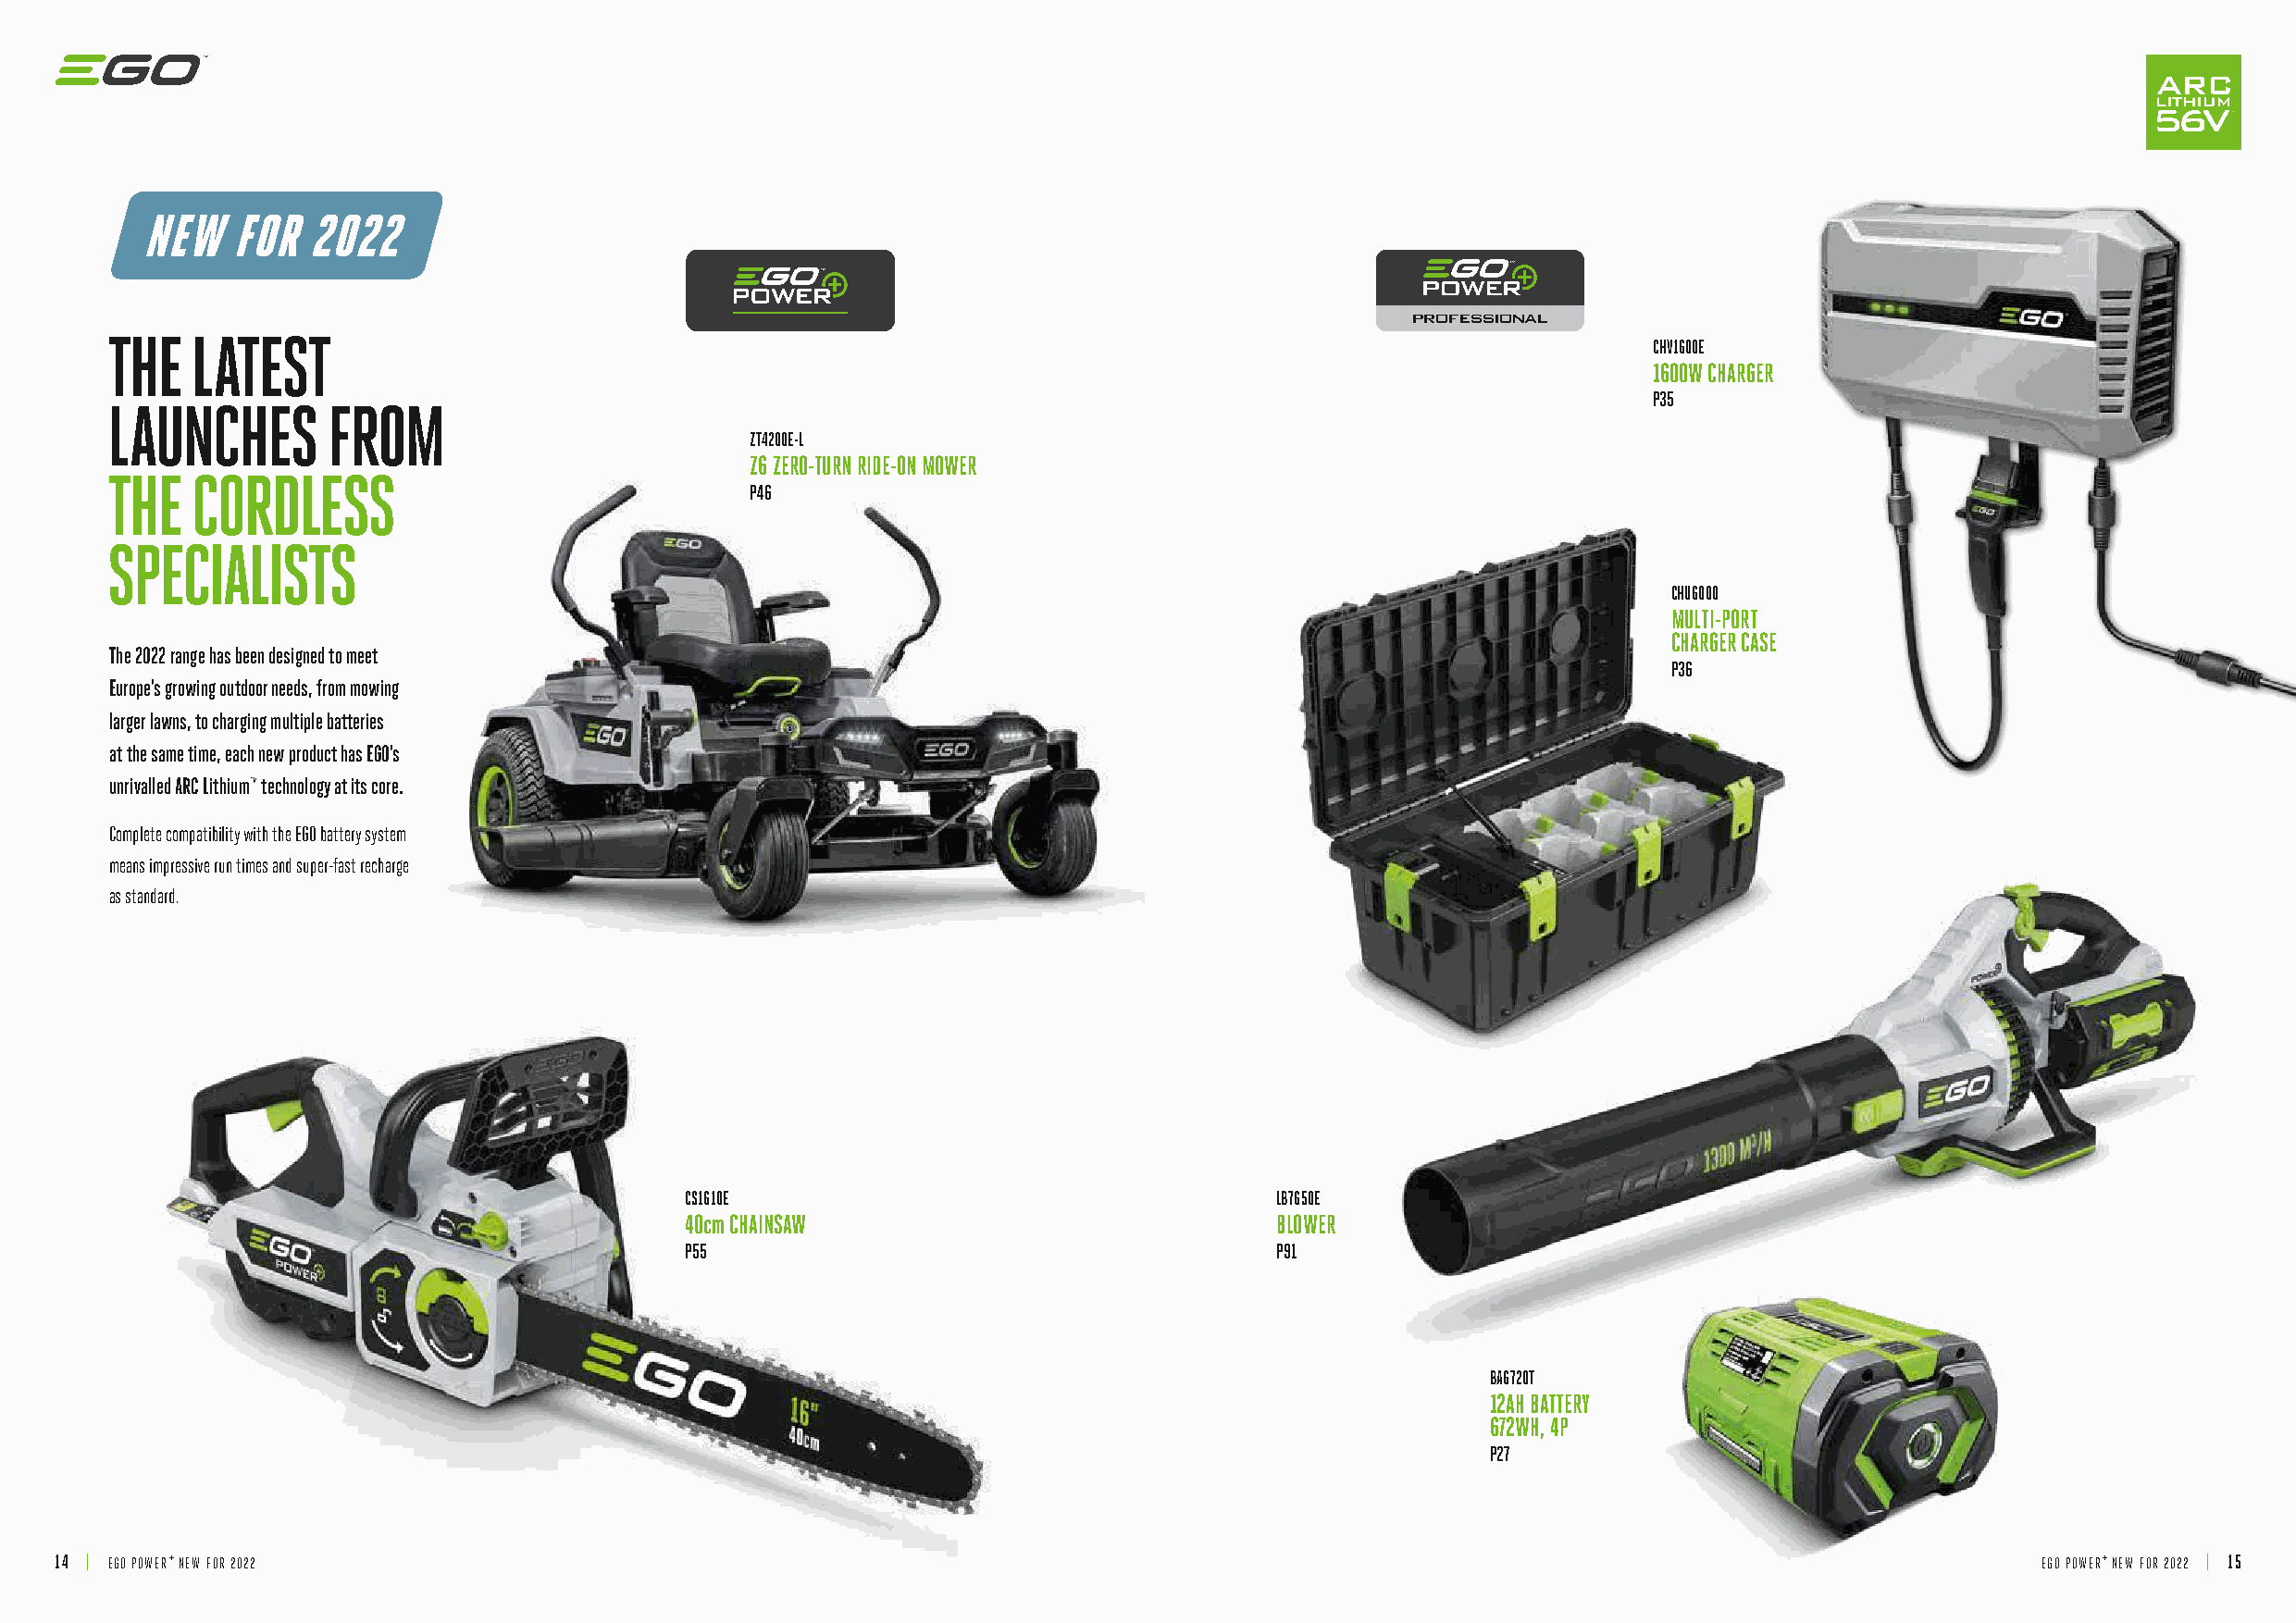
NEW   FOR   2022
 PROFESSIONAL
 THE   LATEST
 CHV1600E
 1600W CHARGER
 P35
 LAUNCHES       FROM
 ZT4200E-L
 Z6 ZERO-TURN RIDE-ON MOWER
 THE   CORDLESS
 P46
 SPECIALISTS
 CHU6000
 MULTI-PORT
 CHARGER CASE
 The 2022 range has been designed to meet
 P36
 Europe’s growing outdoor needs, from mowing
 larger lawns, to charging multiple batteries
 at the same time, each new product has EGO’s
 unrivalled ARC Lithium™ technology at its core.
 Complete compatibility with the EGO battery system
 means impressive run times and super-fast recharge
 as standard.
 CS1610E                                   LB7650E
 40cm CHAINSAW                             BLOWER
 P55                                       P91
 BA6720T
 12AH BATTERY
 672WH, 4P
 P27
 14 | EGO POWER+ NEW FOR 2022                                                                                                                  EGO POWER+ NEW FOR 2022 | 15